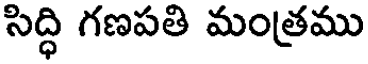
సిద్ధి గణపతి మంత్రము